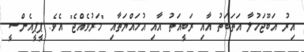
އިރު އަބޫޖަހުލާ އަތަބަތު އާއި ރަބީއަތު އާއި އުމައްޔަތާއި "މަރުވެއްޖެ" އެވެ. ޕީޕީއެންސީ